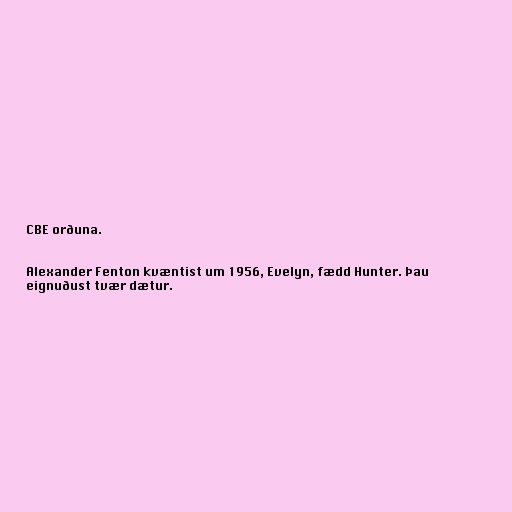
CBE orðuna.

Alexander Fenton kvæntist um 1956, Evelyn, fædd Hunter. Þau
eignuðust tvær dætur.